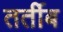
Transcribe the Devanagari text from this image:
तर्तीब